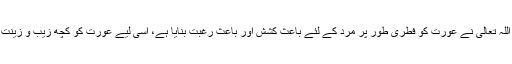
یہ ساری آزمائش اس لیے ہے کہ اللہ تعالیٰ نے عورت کو فطری طور پر مرد کے لئے باعث کشش اور باعث رغبت بنایا ہے، اسی لیے عورت کو کچھ زیب و زینت چھپانے کا زیادہ حکم دیا گیا ہے۔